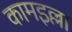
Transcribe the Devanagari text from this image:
कामइल्ला